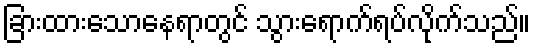
ခြားထားသောနေရာတွင် သွားရောက်ရပ်လိုက်သည်။